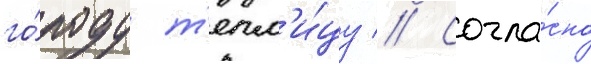
го́роду т'епл'и́цу // Согла́сно